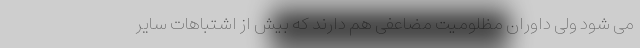
می شود ولی داوران مظلومیت مضاعفی هم دارند که بیش از اشتباهات سایر